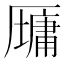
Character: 𫨠